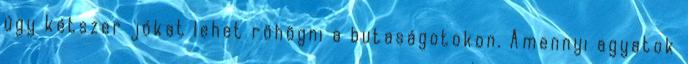
úgy kétszer jókat lehet röhögni a butaságotokon. Amennyi agyatok